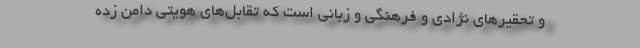
و تحقیرهای نژادی و فرهنگی و زبانی است که تقابل‌های هویتی دامن زده